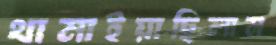
থামাইয়াছিলাম